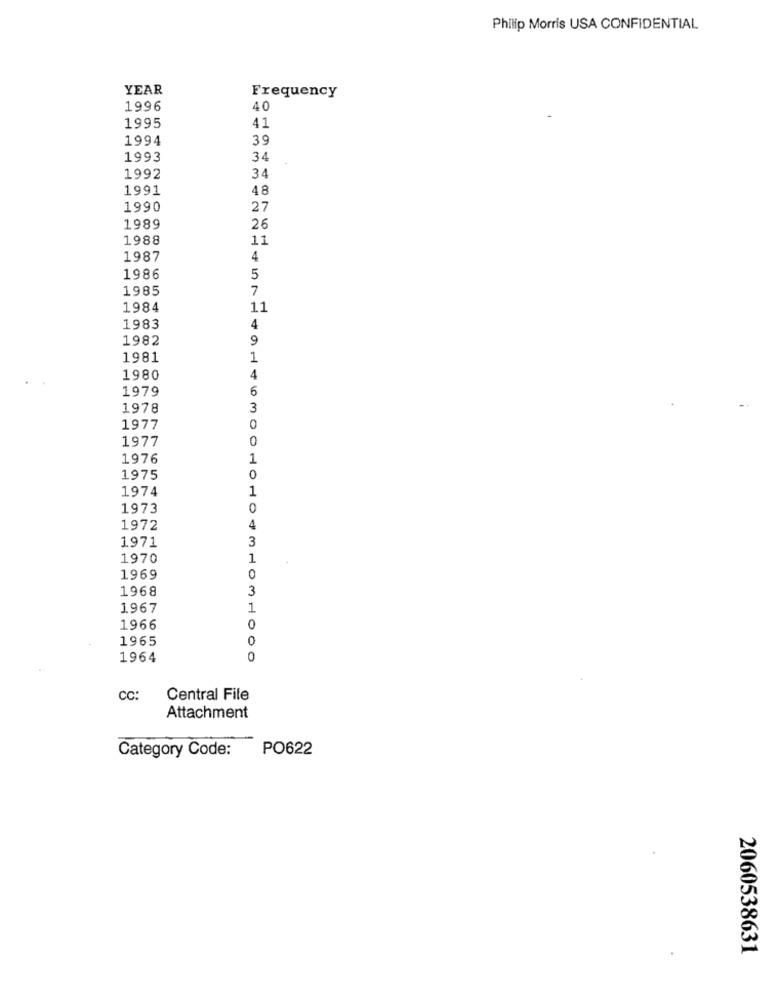
Philip Morris USA CONFIDENTIAL
YEAR
Frequency
1996
40
1995
41
1994
39
1993
34
1992
34
1991
48
1990
27
1989
26
1988
11
1987
4
1986
5
1985
7
1984
11
1983
4
1982
9
1981
1
1980
4
1979
6
1978
3
1977
0
1977
0
1976
1
1975
0
1974
1
1973
1972
1971
3
1970
1
1969
0
1968
3
1967
1966
0
1965
1964
CC:
Central File
Attachment
Category Code:
PO622
2060538631